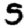
Digit: 5